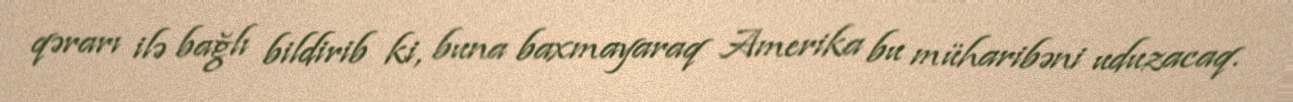
qərarı ilə bağlı bildirib ki, buna baxmayaraq Amerika bu müharibəni uduzacaq.